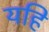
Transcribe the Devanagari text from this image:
यहि